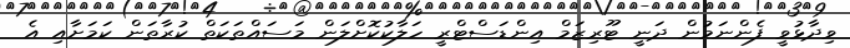
ވިދާޅުވީ ފެންނަމުން ދަނީ ޓޫރިޒަމް އިންޑަސްޓްރީ ހަލާކުކޮށްލަން މަސައްތަކަތް ކުރާތަން ކަމަށާއި އެ